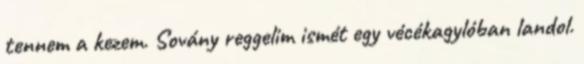
tennem a kezem. Sovány reggelim ismét egy vécékagylóban landol.